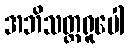
အဘိသတ္တရူပေါ